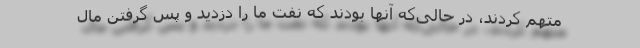
متهم کردند، در حالی‌که آنها بودند که نفت ما را دزدید و پس گرفتن مال